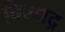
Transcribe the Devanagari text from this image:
विरधद्र